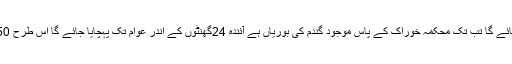
انہوں نے کہا کہ آئندہ تین سے چار دنوں میں شاہراہ قراقرم کھول دیا جائے گا تب تک محکمہ خوراک کے پاس موجود گندم کی بوریاں ہے آئندہ 24گھنٹوں کے اندر عوام تک پہچایا جائے گا اس طرح 150بوری نگر جبکہ150بوری ہنگامی طور پر ہنزہ پہنچا دیا جائے گا۔